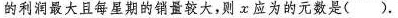
的利润最大且每星期的销量较大，则x应为的元数是()。